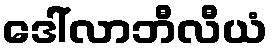
ဒေါ်လာဘီလီယံ